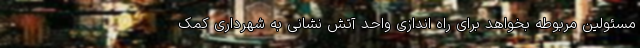
مسئولین مربوطه بخواهد برای راه اندازی واحد آتش نشانی به شهرداری کمک